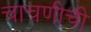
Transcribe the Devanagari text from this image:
चाचणीची